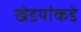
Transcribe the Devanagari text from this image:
खेडयांकडे